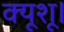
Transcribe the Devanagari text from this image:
क्यूशू।